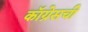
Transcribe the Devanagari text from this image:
कॉग्रेसची